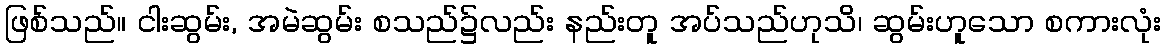
ဖြစ်သည်။ ငါးဆွမ်း, အမဲဆွမ်း စသည်၌လည်း နည်းတူ အပ်သည်ဟုသိ၊ ဆွမ်းဟူသော စကားလုံး